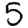
Digit: 5